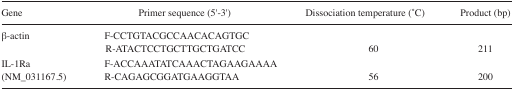
<table><thead><tr><td><b>Gene</b></td><td><b>Primer sequence (5′–3′)</b></td><td><b>Dissociation temperature (°C)</b></td><td><b>Product (bp)</b></td></tr></thead><tbody><tr><td>β-actin</td><td>F-CCTGTACGCCAACACAGTGCR-ATACTCCTGCTTGCTGATCC</td><td>60</td><td>211</td></tr><tr><td>IL-1Ra(NM_031167.5)</td><td>F-ACCAAATATCAAACTAGAAGAAAAR-CAGAGCGGATGAAGGTAA</td><td>56</td><td>200</td></tr></tbody></table>